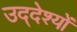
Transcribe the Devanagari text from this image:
उद्‌देश्यों